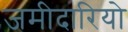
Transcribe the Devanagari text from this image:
जमीदारियो